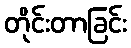
တိုင်းတာခြင်း